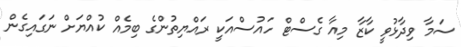
ސަމާ ވިދާޅުވީ ކާޒާ މިއާ ގެސްޓް ހައުސްއަކީ ރައްޔިތުންގެ ބިމެއް ކުއްޔަށް ނަގައިގެން